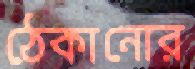
ঠেকানোর